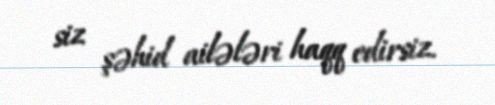
siz şəhid ailələri haqq edirsiz.